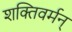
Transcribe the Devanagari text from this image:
शक्तिवर्मन्‌